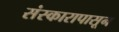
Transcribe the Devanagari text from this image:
संस्कारापासून